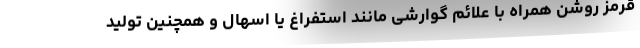
قرمز روشن همراه با علائم گوارشی مانند استفراغ یا اسهال و همچنین تولید